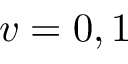
v = 0 , 1